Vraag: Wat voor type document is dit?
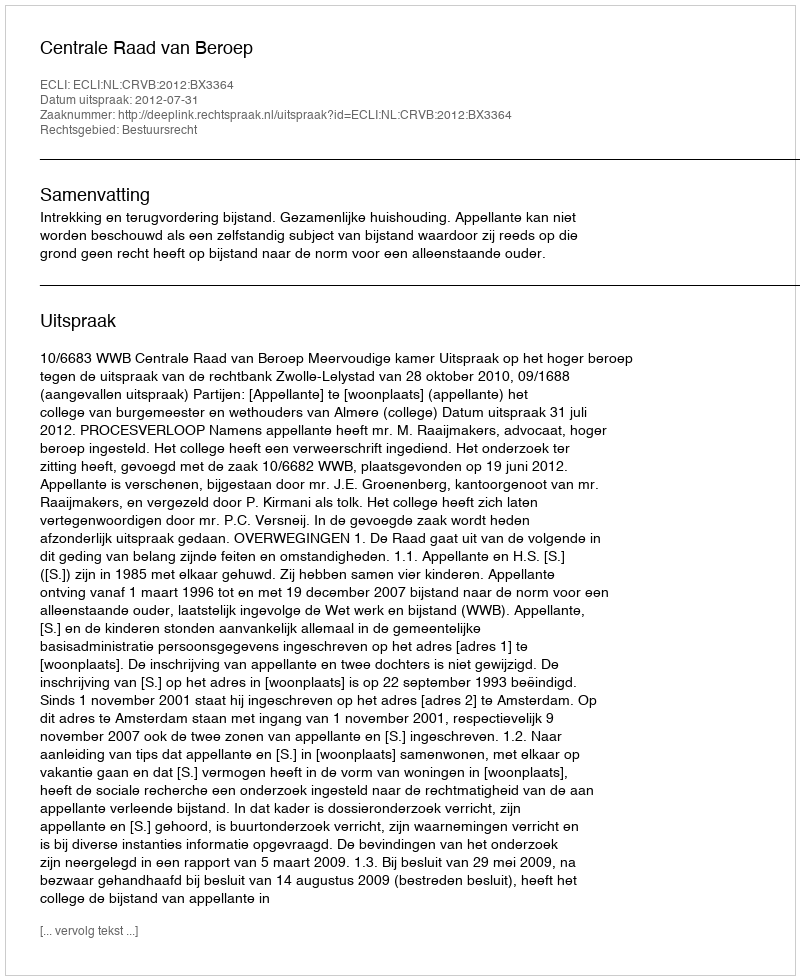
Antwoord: Uitspraak